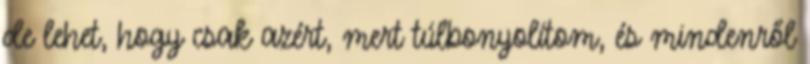
de lehet, hogy csak azért, mert túlbonyolítom, és mindenről